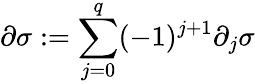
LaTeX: \partial\sigma:=\sum_{j=0}^{q}(-1)^{j+1}\partial_{j}\sigma